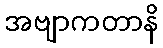
အဗျာကတာနိ